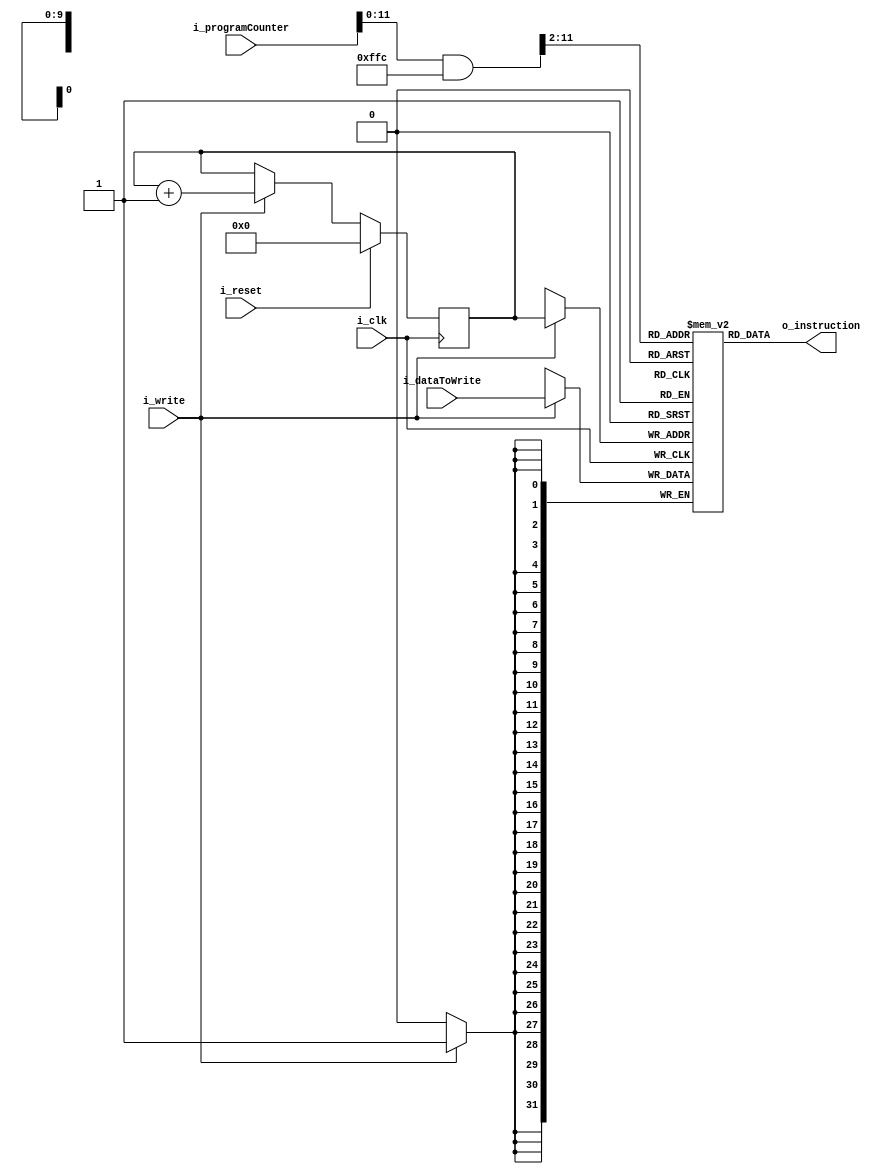
module instructionMemory 
#(
    parameter DATA_LEN = 32,
    parameter PC_LEN = 32,
    parameter MEM_SIZE_ADDRESS_BITS = 10
) 
(
    //Inputs
    input wire i_clk,
    input wire i_reset,
    input wire [PC_LEN-1:0] i_programCounter,
    input wire [DATA_LEN-1:0] i_dataToWrite,
    input wire i_write,

    //Outputs
    output wire [DATA_LEN-1:0] o_instruction
);


reg [DATA_LEN-1:0] r_memoryBlock [(2**MEM_SIZE_ADDRESS_BITS)-1: 0];

reg [MEM_SIZE_ADDRESS_BITS-1:0] r_writePtr, r_writePtrNext, r_writePtrSucc;

always @(posedge i_clk) begin
    if(i_write) begin
        r_memoryBlock[r_writePtr] <= i_dataToWrite;
    end
end


always @(posedge i_clk) begin
    if(i_reset) begin
        r_writePtr <= 0;
    end
    else begin
        r_writePtr <= r_writePtrNext;
    end
end


always @(*) begin
    r_writePtrSucc = r_writePtr + 1;
    r_writePtrNext = r_writePtr;

    if(i_write) begin
        r_writePtrNext = r_writePtrSucc;
    end

end

reg [PC_LEN-1:0] r_mask = {{(PC_LEN-MEM_SIZE_ADDRESS_BITS-2){1'b0}}, {MEM_SIZE_ADDRESS_BITS{1'b1}}, 2'b00};

//The PC is incremented by 4, so it discards the two lsb.
assign o_instruction = r_memoryBlock[(i_programCounter & r_mask) >> 2];

endmodule